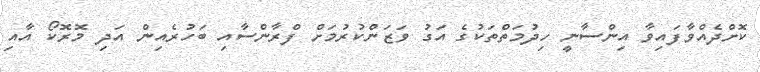
ކޮށްދެއްވާފައިވާ އިންސާނީ ހިދުމަތްތަކުގެ އަގު ވަޒަންކުރުމަށް ފްރާންސާއި ބަހުރެއިން އަދި މޮރޮކޯ އާއި